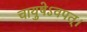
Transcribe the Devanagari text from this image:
चायुषेऽवपत्।